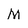
Character: M